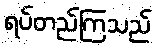
ရပ်တည်ကြသည်